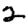
Digit: 2